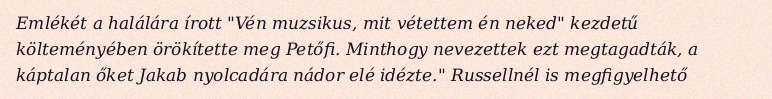
Emlékét a halálára írott "Vén muzsikus, mit vétettem én neked" kezdetű költeményében örökítette meg Petőfi. Minthogy nevezettek ezt megtagadták, a káptalan őket Jakab nyolcadára nádor elé idézte." Russellnél is megfigyelhető